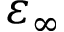
\varepsilon _ { \infty }